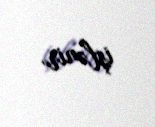
işlənir.